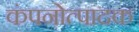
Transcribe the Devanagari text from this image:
कंपनोत्पादक